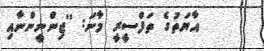
އާޔަތުގެ ތަފްސީރީ މާނަ: ''ޖިންނީންނާއި